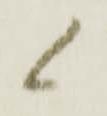
候